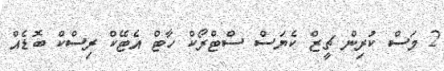
2 މަސް ކުރިން ޗީޒް ކެޔަސް ސްޓްރޯކް ހާޓް އެޓޭކް ރިސްކް ބޮޑެއް